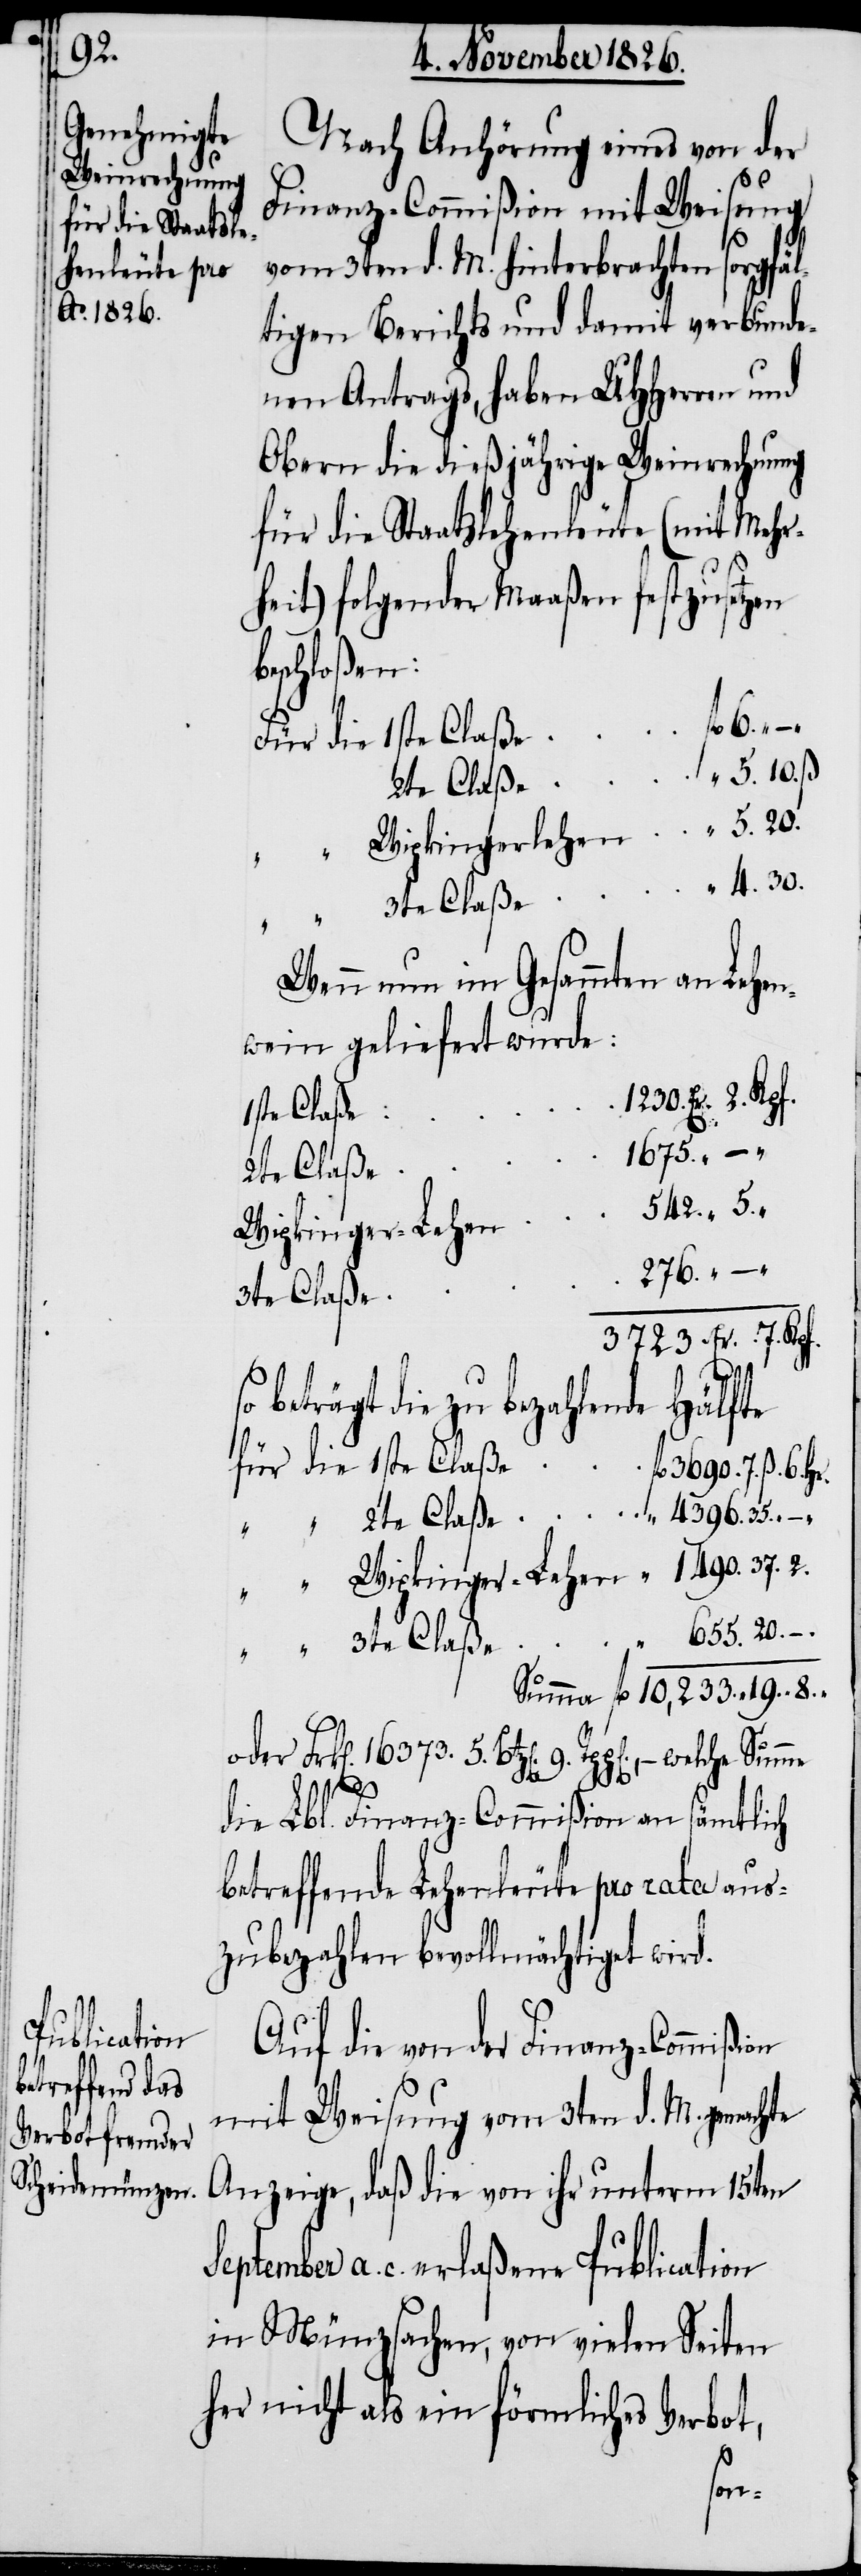
9.

Nach Anhörung eines von der
Finanz-Commißion mit Weisung
vom 3ten d. M. hinterbrachten sorgfäl¬
tigen Berichts und damit verbunde¬
nen Antrags, haben UHHerren und
Obern die dießjährige Weinrechnung
für die Staatslehenleute (mit Mehr¬
heit) folgender Maaßen festzusetzen
beschloßen:
3te Claße
Wenn nun im gesammten an Lehen¬
wein geliefert wurde:
1230. Er.
1ste Claße
1675.
–
Wipkingerlehen
beträgt die zu bezahlende Hälfte
16
5.
7.
die Lbl. Finanz-Commißion an sämtlich
betreffende Lehenleute pro rata aus¬
zubezahlen bevollmächtiget wird.
Auf die von der Finanz-Commißion
mit Weisung vom 3ten d. M. gemachte
Anzeige, daß die von ihr unterm 15ten
September a. c. erlaßene Publication
in Münzsachen, von vielen Seiten
her nicht als ein förmliches Verbot,
20